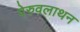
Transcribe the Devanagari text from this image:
पेरुवलाथन